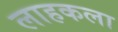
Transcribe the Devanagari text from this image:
लाहकला